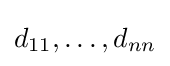
d_{11},\ldots ,d_{nn}